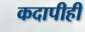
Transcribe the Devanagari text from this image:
कदापीही